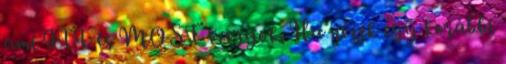
ami ITT és MOST vagyok. Ha nézek egy korábbi